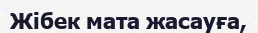
Жібек мата жасауға,